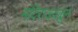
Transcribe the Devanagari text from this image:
मंदिराजवळून